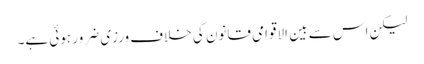
لیکن اس سے بین الاقوامی قانون کی خلاف ورزی ضرور ہوئی ہے۔